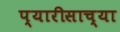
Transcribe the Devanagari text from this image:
प्यारीसाच्या